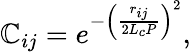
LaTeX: \mathbb{C}_{ij}=e^{-\left(\frac{{r_{ij}}}{{2L_{c}P}}\right)^{2}},